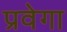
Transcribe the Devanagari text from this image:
प्रवेगा